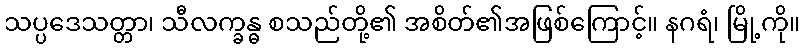
သပ္ပဒေသတ္တာ၊ သီလက္ခန္ဓ စသည်တို့၏ အစိတ်၏အဖြစ်ကြောင့်။ နဂရံ၊ မြို့ကို။